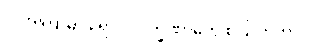
လအကြာမှာ ရောဂါလက္ခဏာတွေ စပြလာတာပါ။